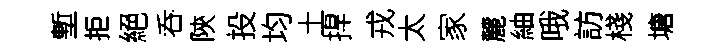
塹拒絕呑陝投均土捍戎太家麓紬哦訪棧塘